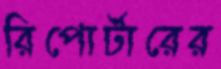
রিপোর্টারের